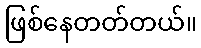
ဖြစ်နေတတ်တယ်။